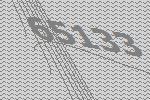
65133